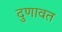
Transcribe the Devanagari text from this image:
दुणावत